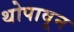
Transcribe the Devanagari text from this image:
थोपावून